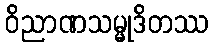
ဝိညာဏသမ္မုဒိတဿ